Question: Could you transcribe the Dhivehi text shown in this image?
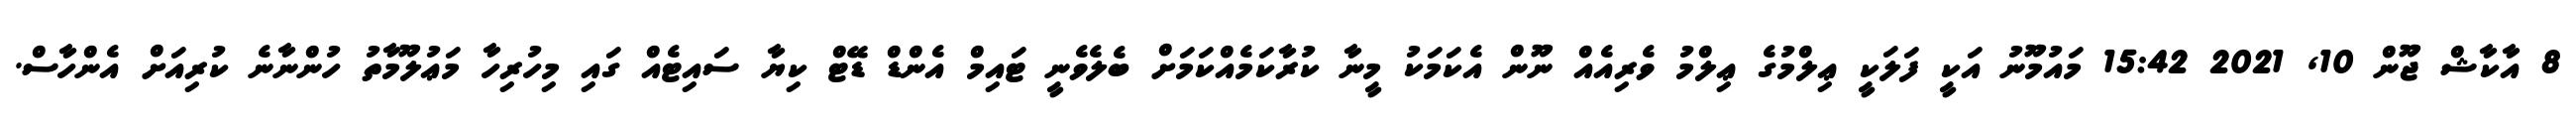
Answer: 8 އާކާޝް ޖޫން 10, 2021 15:42 މައުމޫނު އަކީ ފަލަކީ ޢިލްމުގެ ޢިލްމު ވެރިއެއް ނޫން އެކަމަކު މީނާ ކުރާކަމެއްކަމަށް ބެލެވެނީ ޓައިމް އެންޑް ޑޭޓް ކިޔާ ސައިޓެއް ގައި މިހުރިހާ މަޢުލޫމާތު ހުންނާނެ ކުރިއަށް އެންހާސް.